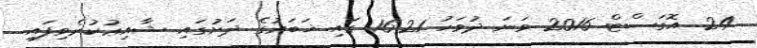
24 އޮގަސްޓް 2016 ވަނަ ދުވަހު 16:21 ގައި ޚަބަރުގެ ދަށުގައި ޝާއިޢުކުރެވިފައި.